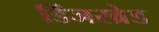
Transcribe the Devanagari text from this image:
डिंजरब्रेड